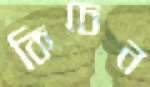
কিচেন